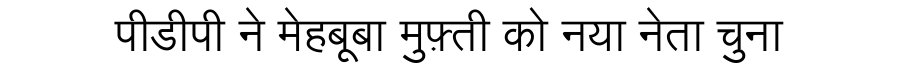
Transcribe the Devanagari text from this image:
पीडीपी ने मेहबूबा मुफ़्ती को नया नेता चुना